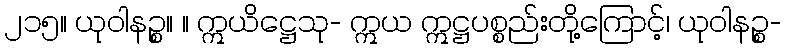
၂၁၅။ ယုဝါနဉ္စ။ ။ ဣယိဋ္ဌေသု- ဣယ ဣဋ္ဌပစ္စည်းတို့ကြောင့်၊ ယုဝါနဉ္စ-